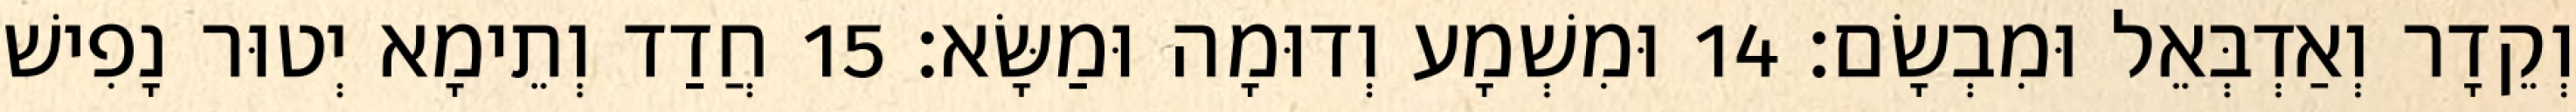
וְקֵדָר וְאַדְבְּאֵל וּמִבְשָׂם׃ 14 וּמִשְׁמָע וְדוּמָה וּמַשָּׂא׃ 15 חֲדַד וְתֵימָא יְטוּר נָפִישׁ